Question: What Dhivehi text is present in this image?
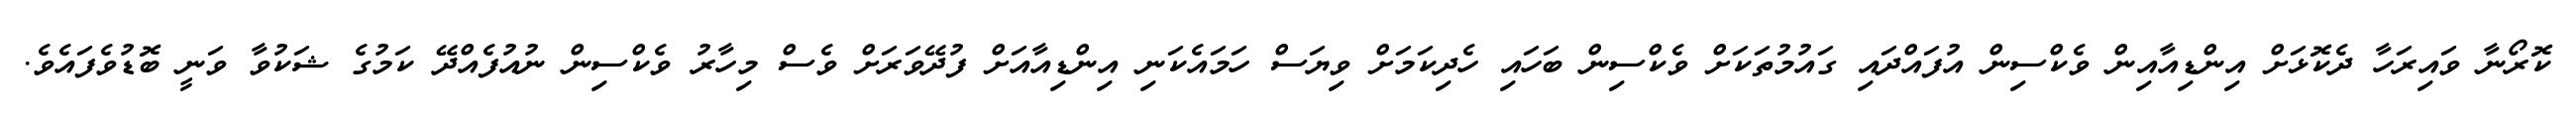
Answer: ކޮރޯނާ ވައިރަހާ ދެކޮޅަށް އިންޑިއާއިން ވެކްސިން އުފައްދައި ގައުމުތަކަށް ވެކްސިން ބަހައި ހެދިކަމަށް ވިޔަސް ހަމައެކަނި އިންޑިއާއަށް ފުދޭވަރަށް ވެސް މިހާރު ވެކްސިން ނުއުފެއްދޭ ކަމުގެ ޝަކުވާ ވަނީ ބޮޑުވެފައެވެ.